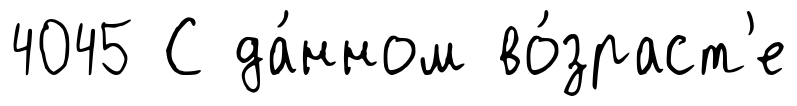
4045 С да́нном во́зраст'е